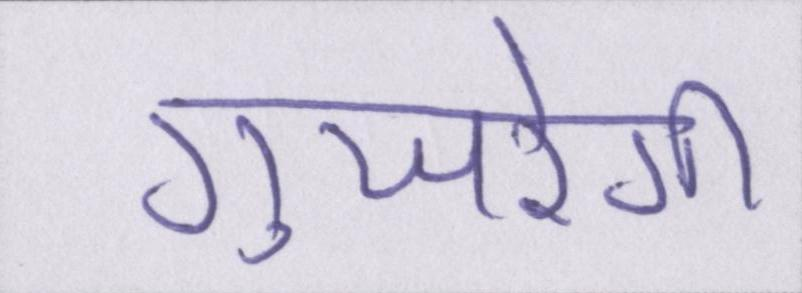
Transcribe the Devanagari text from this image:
गुजरेगी